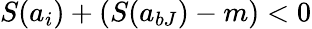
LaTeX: S(a_{i})+(S(a_{bJ})-m)<0